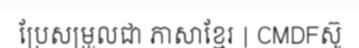
ប្រែសម្រួលជា ភាសាខ្មែរ | CMDFស៊ូ